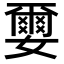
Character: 𫲅